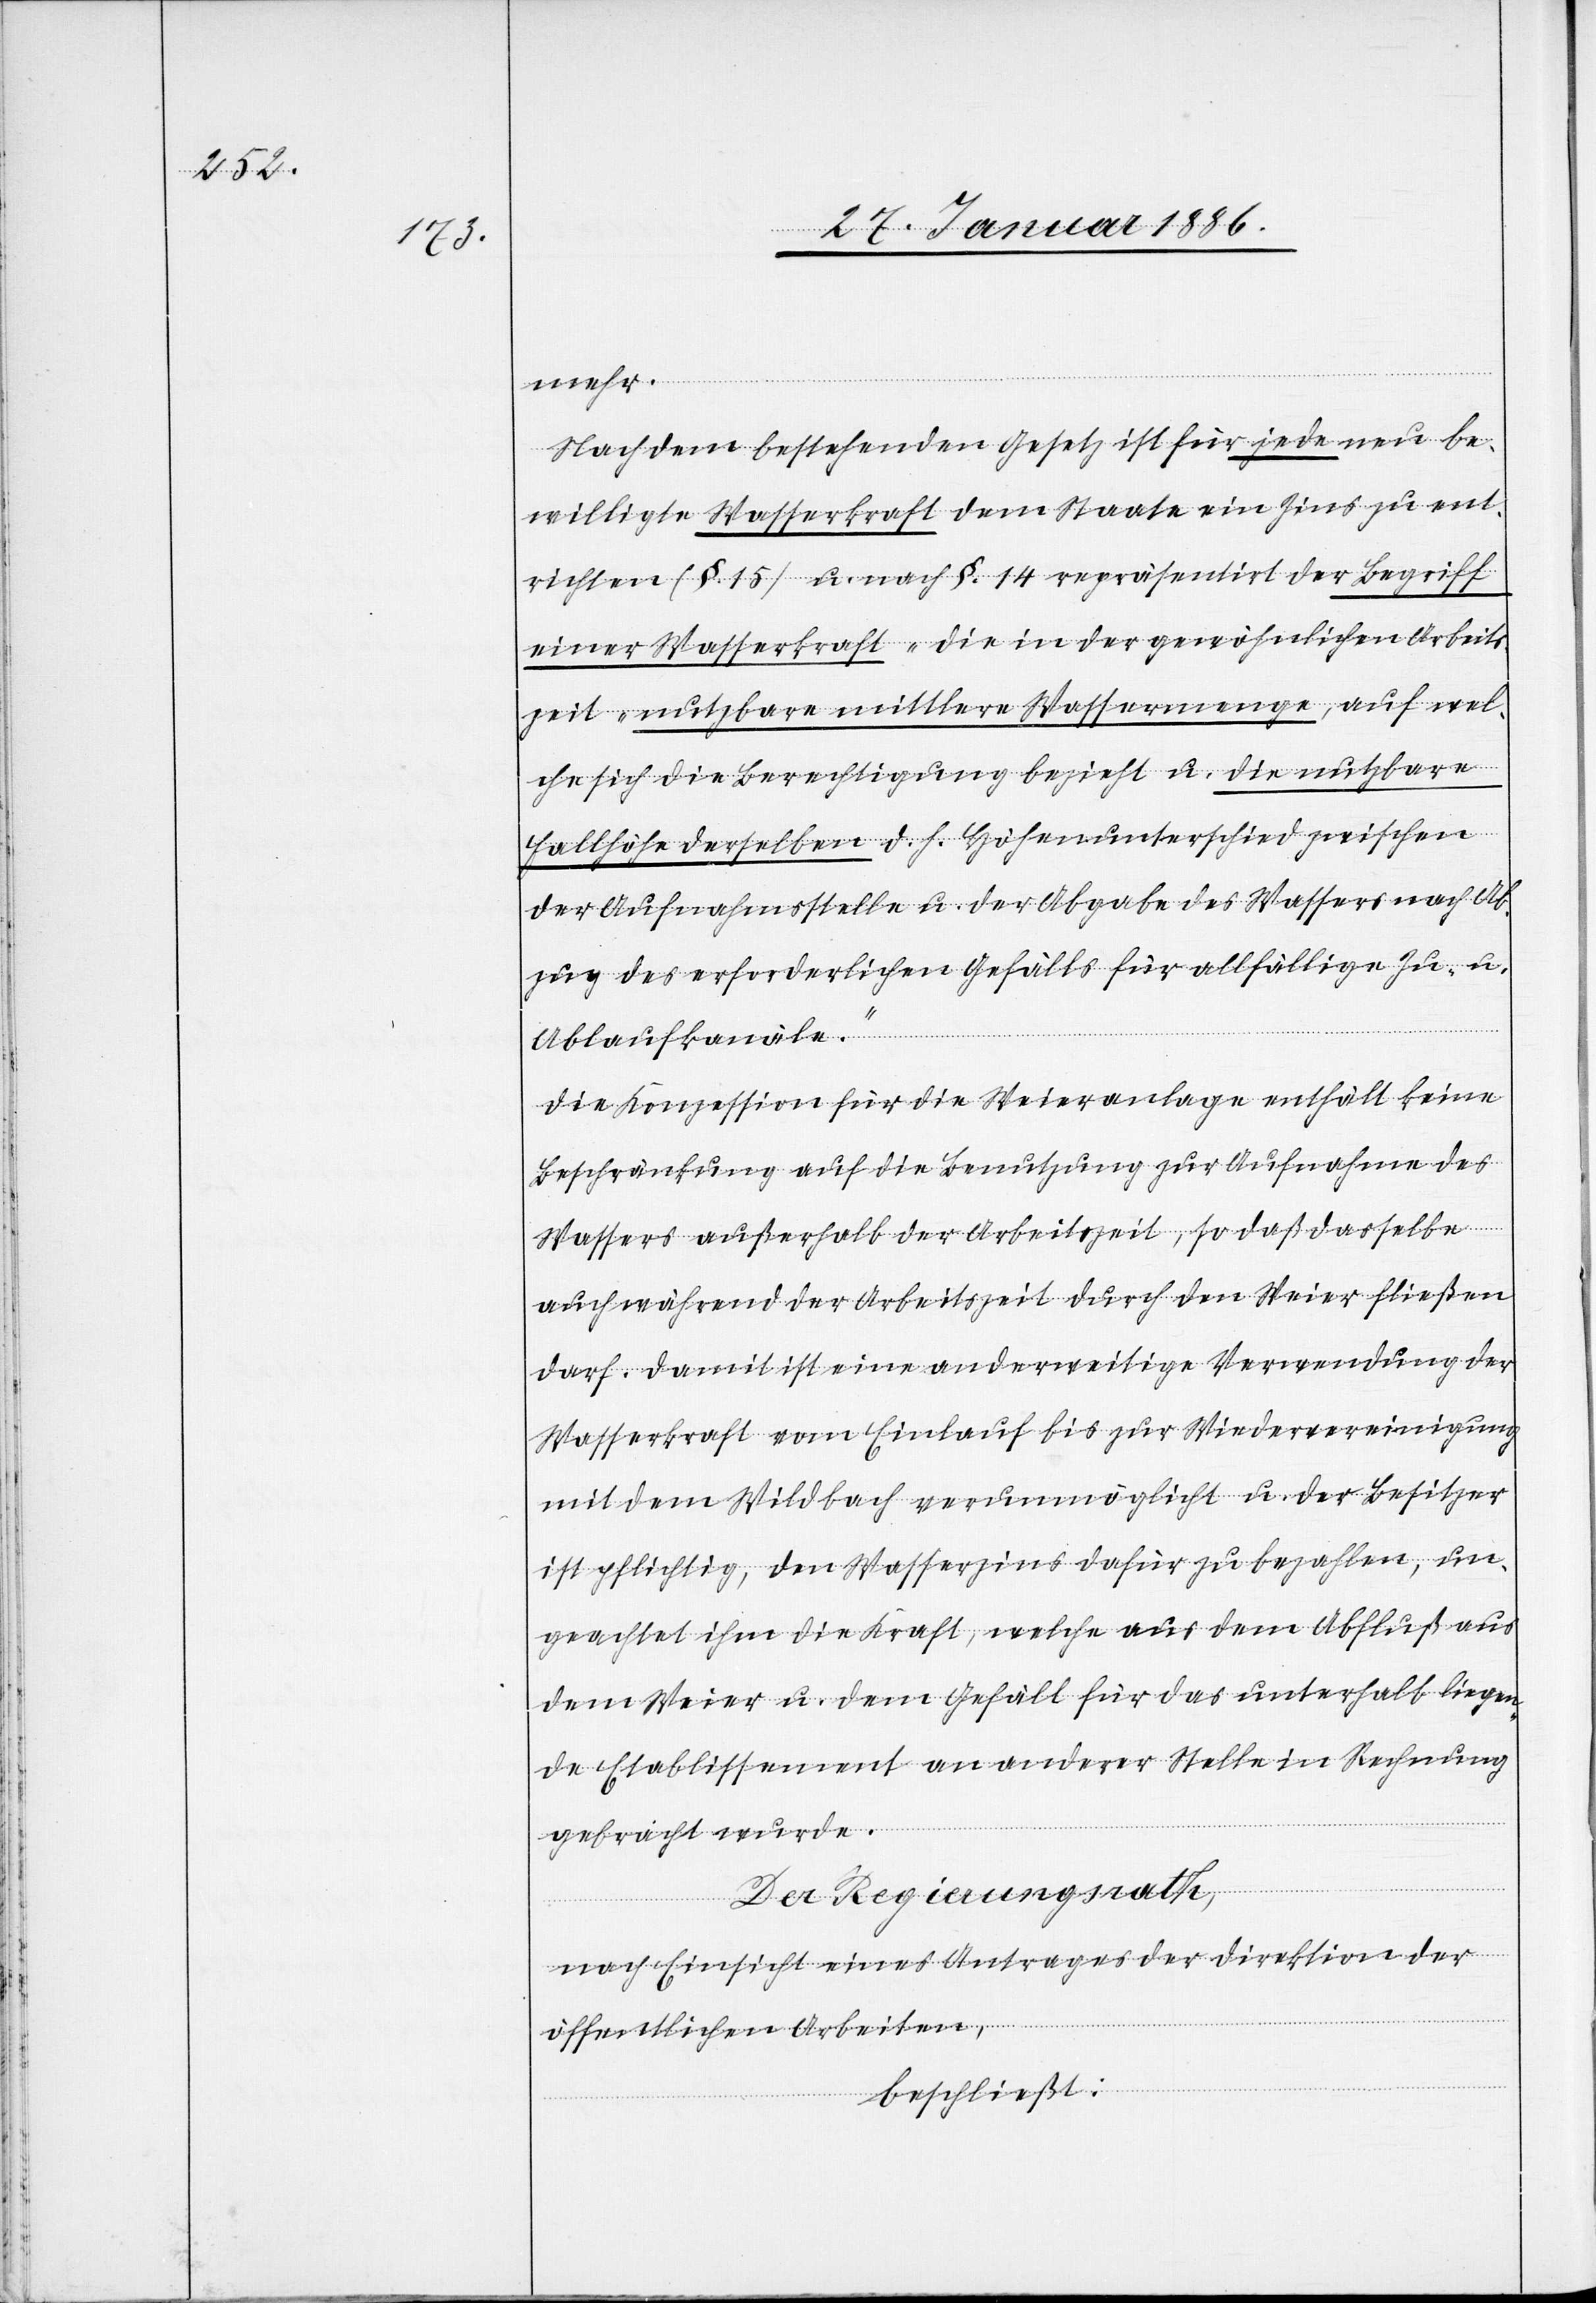
mehr.
Nach dem bestehenden Gesetz ist für jede neu be¬
willigte Wasserkraft dem Staate ein Zins zu ent¬
richten (§. 15) u. nach §. 14 repräsentirt der Begriff
einer Wasserkraft „die in der gewöhnlichen Arbeits¬
zeit nutzbare mittlere Wassermenge, auf wel¬
che sich die Berechtigung bezieht u. die nutzbare
Fallhöhe derselben d. h. Höhenunterschied zwischen
der Aufnahmsstelle u. der Abgabe des Wassers nach Ab¬
zug des erforderlichen Gefälls für allfällige Zu- u.
Ablaufkanäle.“
Die Konzession für die Weieranlage enthält keine
Beschränkung auf die Benutzung zur Aufnahme des
Wassers außerhalb der Arbeitszeit, so daß dasselbe
auch während der Arbeitszeit durch den Weier fließen
darf. Damit ist eine anderweitige Verwendung der
Wasserkraft vom Einlauf bis zur Wiedervereinigung
mit dem Wildbach verunmöglicht u. der Besitzer
ist pflichtig, den Wasserzins dafür zu bezahlen, un¬
geachtet ihm die Kraft, welche aus dem Abfluß aus
dem Weier u. dem Gefäll für das unterhalb liegen¬
de Etablissement an anderer Stelle in Rechnung
gebracht wurde.
Der Regierungsrath,
nach Einsicht eines Antrages der Direktion der
öffentlichen Arbeiten,
beschließt: